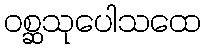
ဝစ္ဆသုပေါသထေ